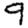
Digit: 9